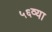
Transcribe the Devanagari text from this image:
५६व्या